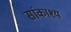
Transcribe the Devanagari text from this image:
सांकाश्य